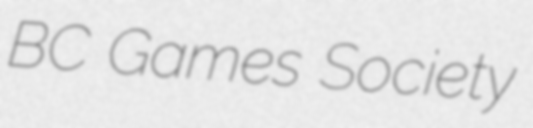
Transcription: BC Games Society